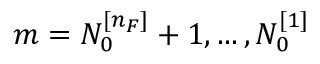
m = N _ { 0 } ^ { [ n _ { F } ] } + 1 , \dots , N _ { 0 } ^ { [ 1 ] }